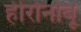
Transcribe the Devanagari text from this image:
हीरोनोबू